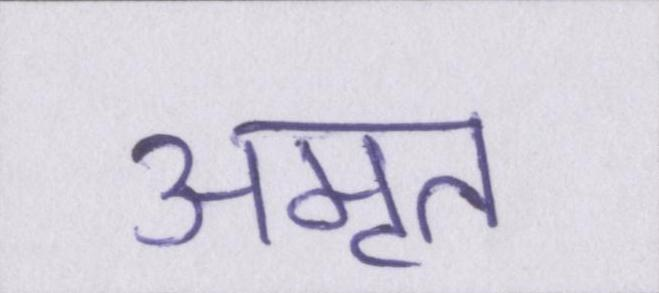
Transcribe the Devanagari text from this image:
अमृत